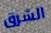
الشرق